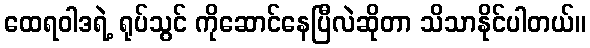
ထေရဝါဒရဲ့ ရုပ်သွင် ကိုဆောင်နေပြီလဲဆိုတာ သိသာနိုင်ပါတယ်။